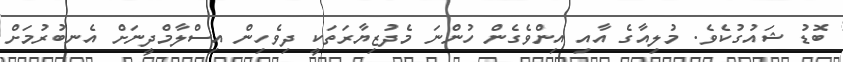
ބޮޑު ޝައުގުކެވެ. މުލިއާގެ އާއި އިންވެގެން ހުންނަ މެދުޒިޔާރަތަކީ ދިވެހިން އިސްލާމްދީނަށް އެނބުރުމަށް